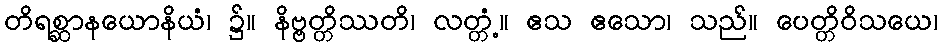
တိရစ္ဆာနယောနိယံ၊ ၌။ နိဗ္ဗတ္တိဿတိ၊ လတ္တံ့။ ဧသ ဧသော၊ သည်။ ပေတ္တိဝိသယေ၊